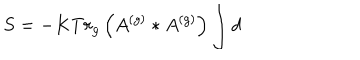
S = - K T r _ { g } \left( A ^ { \left( g \right) } \ast A ^ { \left( g \right) } \right) \int d